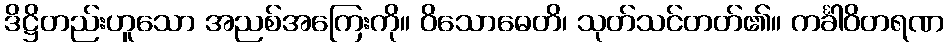
ဒိဋ္ဌိတည်းဟူသော အညစ်အကြေးကို။ ဝိသောဓေတိ၊ သုတ်သင်တတ်၏။ ကင်္ခါဝိတရဏ